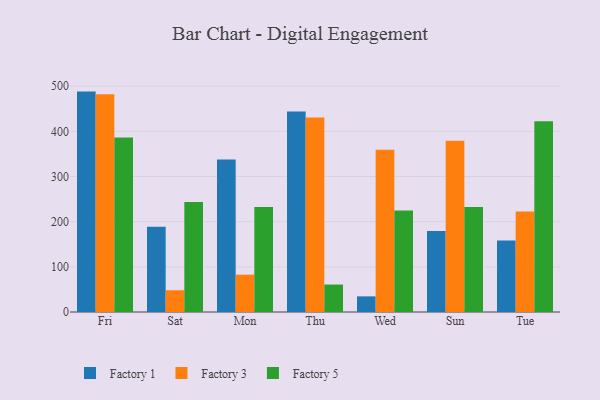
{"axis": {"x": "Day", "y": "Net Income (USD K)"}, "legend": ["Factory 1", "Factory 3", "Factory 5"], "data": [{"x": "Fri", "y": 488.0, "type": "Factory 1"}, {"x": "Fri", "y": 482.1, "type": "Factory 3"}, {"x": "Fri", "y": 386.2, "type": "Factory 5"}, {"x": "Sat", "y": 188.7, "type": "Factory 1"}, {"x": "Sat", "y": 48.2, "type": "Factory 3"}, {"x": "Sat", "y": 243.8, "type": "Factory 5"}, {"x": "Mon", "y": 337.9, "type": "Factory 1"}, {"x": "Mon", "y": 82.6, "type": "Factory 3"}, {"x": "Mon", "y": 232.6, "type": "Factory 5"}, {"x": "Thu", "y": 444.1, "type": "Factory 1"}, {"x": "Thu", "y": 430.6, "type": "Factory 3"}, {"x": "Thu", "y": 60.8, "type": "Factory 5"}, {"x": "Wed", "y": 34.6, "type": "Factory 1"}, {"x": "Wed", "y": 359.0, "type": "Factory 3"}, {"x": "Wed", "y": 224.5, "type": "Factory 5"}, {"x": "Sun", "y": 179.5, "type": "Factory 1"}, {"x": "Sun", "y": 379.1, "type": "Factory 3"}, {"x": "Sun", "y": 232.3, "type": "Factory 5"}, {"x": "Tue", "y": 158.4, "type": "Factory 1"}, {"x": "Tue", "y": 222.3, "type": "Factory 3"}, {"x": "Tue", "y": 422.3, "type": "Factory 5"}]}